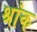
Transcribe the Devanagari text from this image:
श्रांक